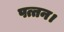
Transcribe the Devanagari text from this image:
पत्तन।